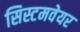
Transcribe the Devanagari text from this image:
सिस्टमवेयर